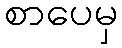
စာပေမှ